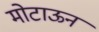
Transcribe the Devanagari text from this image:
मोटाऊन